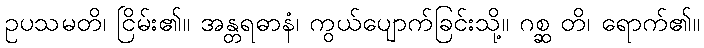
ဥပသမတိ၊ ငြိမ်း၏။ အန္တရဓာနံ၊ ကွယ်ပျောက်ခြင်းသို့။ ဂစ္ဆ တိ၊ ရောက်၏။